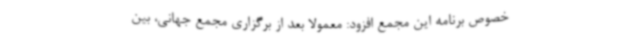
خصوص برنامه این مجمع افزود: معمولا بعد از برگزاری مجمع جهانی، بین